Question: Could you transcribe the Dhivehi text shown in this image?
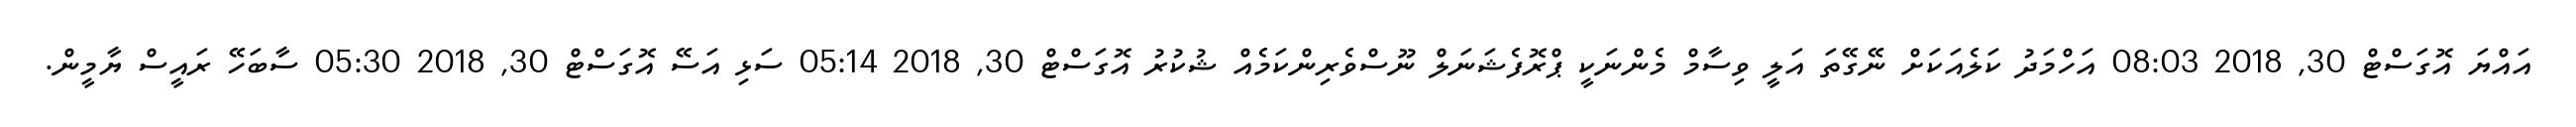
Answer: އައްޔަ އޮގަސްޓް 30, 2018 08:03 އަހްމަދު ކަލެއަކަށް ނޭގޭތަ އަލީ ވިސާމް މެންނަކީ ޕްރޮފެޝަނަލް ނޫސްވެރިންކަމެއް ޝުކުރު އޮގަސްޓް 30, 2018 05:14 ސަޅި އަސޭ އޮގަސްޓް 30, 2018 05:30 ސާބަހޭ ރައީސް ޔާމީން.